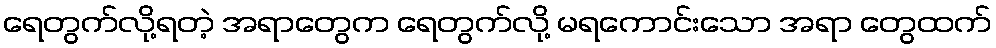
ရေတွက်လို့ရတဲ့ အရာတွေက ရေတွက်လို့ မရကောင်းသော အရာ တွေထက်